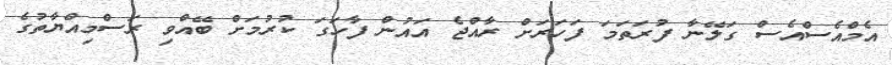
އެމްއެސްއެސް ގަލޭނާ ފުރަތަމަ ފަހަރަށް ރާއްޖެ އައުން ފާހަގަ ކުރުމަށް ބޭއްވި ރަސްމިއްޔާތުގެ